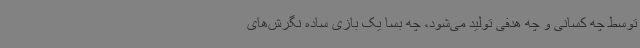
توسط چه کسانی و چه هدفی تولید می‌شود، چه بسا یک بازی ساده نگرش‌های